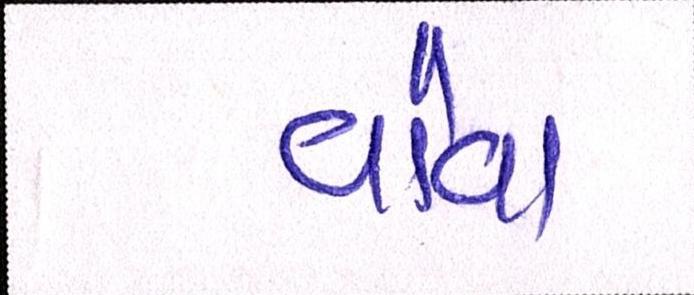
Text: વૌવા